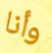
وأنا